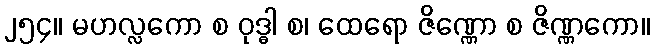
၂၅၄။ မဟလ္လကော စ ဝုဒ္ဓါ စ၊ ထေရော ဇိဏ္ဏော စ ဇိဏ္ဏကော။